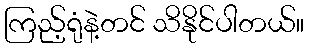
ကြည့်ရုံနဲ့တင် သိနိုင်ပါတယ်။